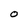
Character: 0